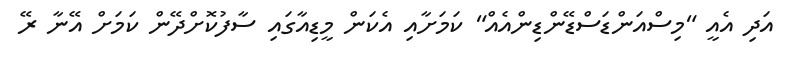
އަދި އެއީ "މިސްއަންޑަސްޑޭންޑިންއެއް" ކަމަށާއި އެކަން މީޑިއާގައި ސާފުކޮށްދޭން ކަމަށް އޭނާ ރޭ